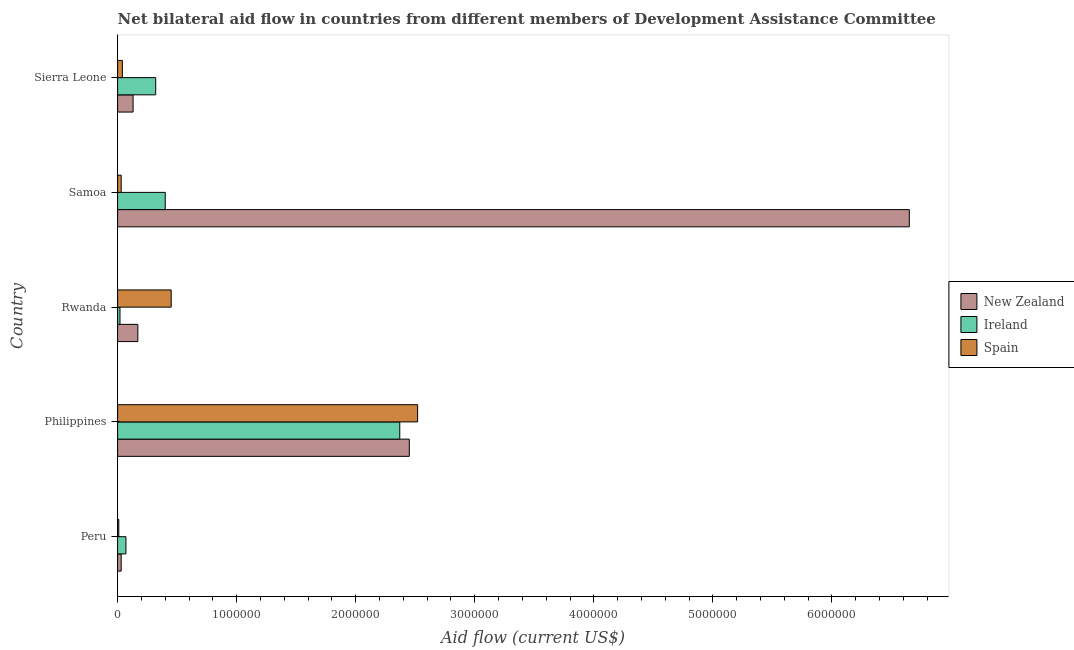
| Country | New Zealand | Ireland | Spain |
 | --- | --- | --- | --- |
 | Peru | 3e+04 | 7e+04 | 1e+04 |
 | Philippines | 2.45e+06 | 2.37e+06 | 2.52e+06 |
 | Rwanda | 1.7e+05 | 2e+04 | 4.5e+05 |
 | Samoa | 6.65e+06 | 4e+05 | 3e+04 |
 | Sierra Leone | 1.3e+05 | 3.2e+05 | 4e+04 |